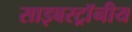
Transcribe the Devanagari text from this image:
साइबरट्राॅनीय